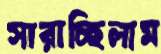
সারাচ্ছিলাম